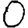
Digit: 0